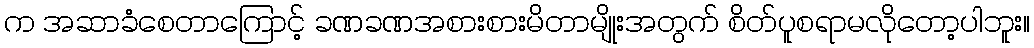
က အဆာခံစေတာကြောင့် ခဏခဏအစားစားမိတာမျိုးအတွက် စိတ်ပူစရာမလိုတော့ပါဘူး။